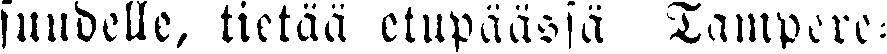
suudelle, tietää etupäässä Tampere-